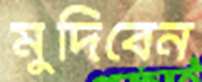
মুদিবেন